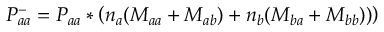
P _ { a a } ^ { - } = P _ { a a } * \left( n _ { a } ( M _ { a a } + M _ { a b } ) + n _ { b } ( M _ { b a } + M _ { b b } ) ) \right)